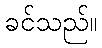
ခင်သည်။